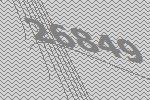
26849